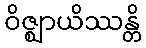
ဝိဇ္ဈာယိဿန္တိ